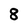
Character: 8